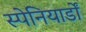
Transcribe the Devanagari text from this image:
स्पेनियार्डों